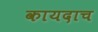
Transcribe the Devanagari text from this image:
कायदाच